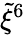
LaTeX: \tilde{\xi}^{6}